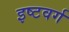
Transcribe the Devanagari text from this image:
इष्टवर्ग